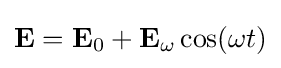
\mathbf {E} =\mathbf {E} _{0}+\mathbf {E} _{\omega }\cos(\omega t)